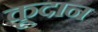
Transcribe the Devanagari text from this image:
कूदान